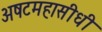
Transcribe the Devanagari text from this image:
अषटमहासीधी